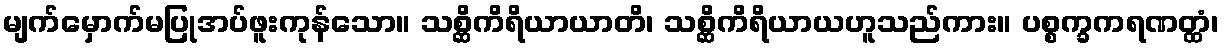
မျက်မှောက်မပြုအပ်ဖူးကုန်သော။ သစ္ဆိကိရိယာယာတိ၊ သစ္ဆိကိရိယာယဟူသည်ကား။ ပစ္စက္ခကရဏတ္ထံ၊